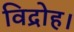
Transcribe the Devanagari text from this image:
विद्रोह।